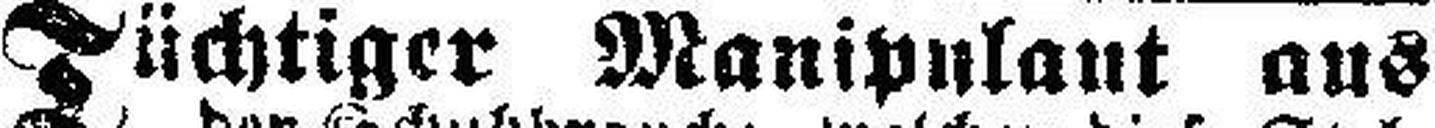
Tüchtiger Manipulant aus